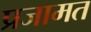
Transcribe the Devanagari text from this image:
प्रजामत